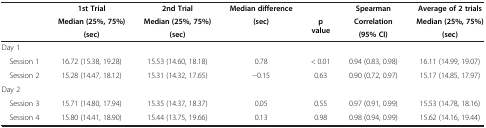
<table><thead><tr><td><b> </b></td><td><b>1st Trial</b></td><td><b>2nd Trial</b></td><td><b>Median difference</b></td><td><b> </b></td><td><b>Spearman</b></td><td><b>Average of 2 trials</b></td></tr><tr><td><b> </b></td><td><b>Median (25%, 75%)</b></td><td><b>Median (25%, 75%)</b></td><td><b>(sec)</b></td><td><b>p value</b></td><td><b>Correlation</b></td><td><b>Median (25%, 75%)</b></td></tr><tr><td><b> </b></td><td><b>(sec)</b></td><td><b>(sec)</b></td><td><b> </b></td><td><b> </b></td><td><b>(95% CI)</b></td><td><b>(sec)</b></td></tr></thead><tbody><tr><td colspan="7">Day 1</td></tr><tr><td> Session 1</td><td>16.72 (15.38, 19.28)</td><td>15.53 (14.60, 18.18)</td><td>0.78</td><td>&lt; 0.01</td><td>0.94 (0.83, 0.98)</td><td>16.11 (14.99, 19.07)</td></tr><tr><td> Session 2</td><td>15.28 (14.47, 18.12)</td><td>15.31 (14.32, 17.65)</td><td>−0.15</td><td>0.63</td><td>0.90 (0.72, 0.97)</td><td>15.17 (14.85, 17.97)</td></tr><tr><td colspan="7">Day 2</td></tr><tr><td> Session 3</td><td>15.71 (14.80, 17.94)</td><td>15.35 (14.37, 18.37)</td><td>0.05</td><td>0.55</td><td>0.97 (0.91, 0.99)</td><td>15.53 (14.78, 18.16)</td></tr><tr><td> Session 4</td><td>15.80 (14.41, 18.90)</td><td>15.44 (13.75, 19.66)</td><td>0.13</td><td>0.98</td><td>0.98 (0.94, 0.99)</td><td>15.62 (14.16, 19.44)</td></tr></tbody></table>